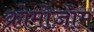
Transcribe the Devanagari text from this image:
क्रोमोंजोम